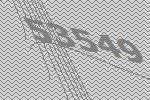
53549